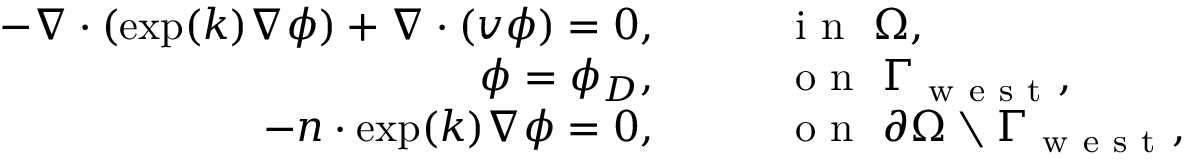
\begin{array} { r l } { - \nabla \cdot ( \exp ( k ) \nabla \phi ) + \nabla \cdot ( v \phi ) = 0 , } & { { } \qquad \mathrm { ~ i ~ n ~ } \ \Omega , } \\ { \phi = \phi _ { D } , } & { { } \qquad \mathrm { ~ o ~ n ~ } \ \Gamma _ { \mathrm { ~ w ~ e ~ s ~ t ~ } } , } \\ { - n \cdot \exp ( k ) \nabla \phi = 0 , } & { { } \qquad \mathrm { ~ o ~ n ~ } \ \partial \Omega \setminus \Gamma _ { \mathrm { ~ w ~ e ~ s ~ t ~ } } , } \end{array}